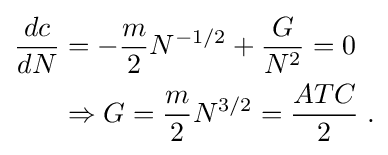
{\begin{aligned}{\frac {dc}{dN}}&{}=-{\frac {m}{2}}N^{-1/2}+{\frac {G}{N^{2}}}=0\\&{}\Rightarrow G={\frac {m}{2}}N^{3/2}={\frac {ATC}{2}}\;.\end{aligned}}